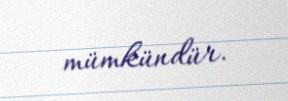
mümkündür.